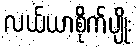
လယ်ယာစိုက်ပျိုး